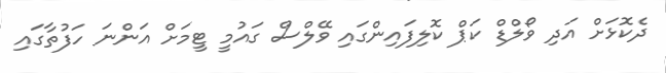
ދެކޮޅަށް އަދި ވޯލްޑް ކަޕް ކޮލިފައިންގައި ވޭލްސް ގައުމީ ޓީމަށް އަންނަ ހަފުތާގައި